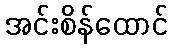
အင်းစိန်ထောင်